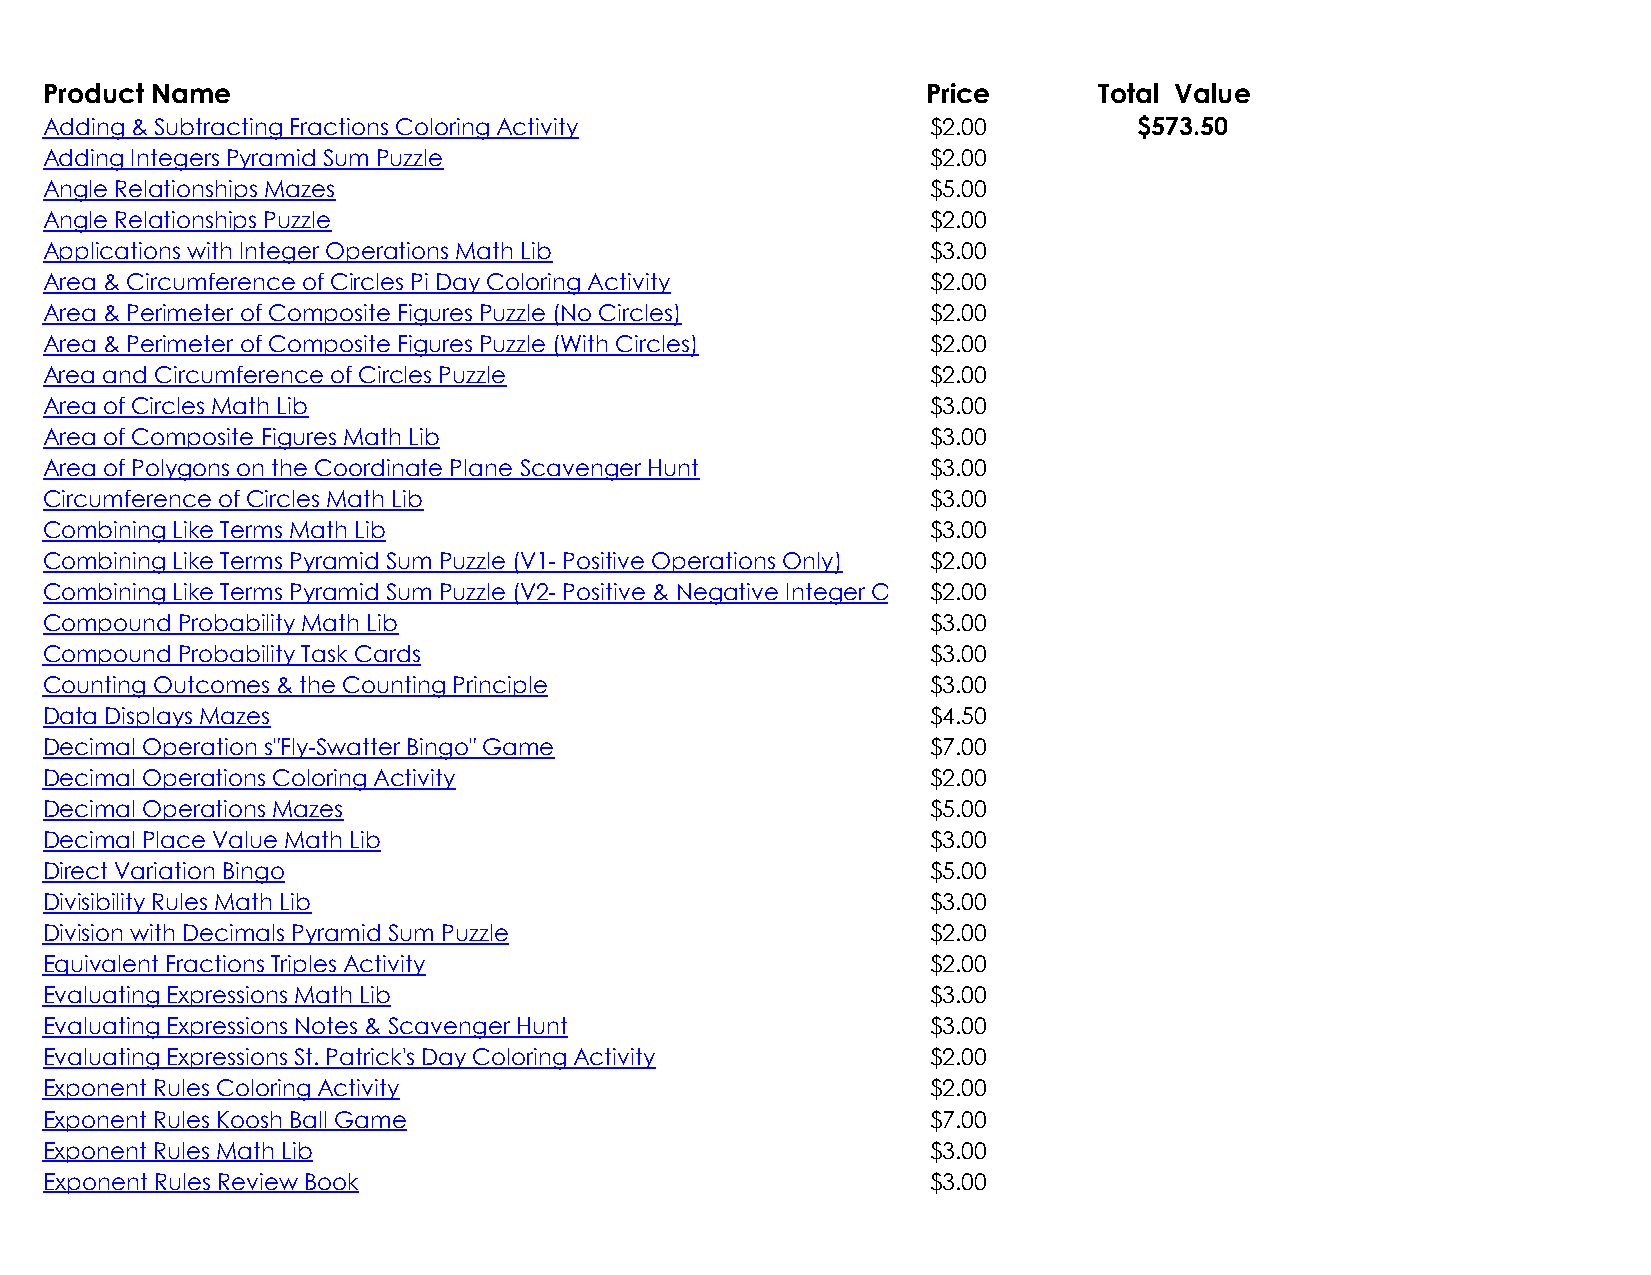
Product Name                                              Price       Total Value
 Adding & Subtracting Fractions Coloring Activity           $2.00        $573.50
 Adding Integers Pyramid Sum Puzzle                         $2.00
 Angle Relationships Mazes                                  $5.00
 Angle Relationships Puzzle                                 $2.00
 Applications with Integer Operations Math Lib              $3.00
 Area & Circumference of Circles Pi Day Coloring Activity   $2.00
 Area & Perimeter of Composite Figures Puzzle (No Circles)  $2.00
 Area & Perimeter of Composite Figures Puzzle (With Circles) $2.00
 Area and Circumference of Circles Puzzle                   $2.00
 Area of Circles Math Lib                                   $3.00
 Area of Composite Figures Math Lib                         $3.00
 Area of Polygons on the Coordinate Plane Scavenger Hunt    $3.00
 Circumference of Circles Math Lib                          $3.00
 Combining Like Terms Math Lib                              $3.00
 Combining Like Terms Pyramid Sum Puzzle (V1- Positive Operations Only) $2.00
 Combining Like Terms Pyramid Sum Puzzle (V2- Positive & Negative Integer Oper$a2ti.o0n0s)
 Compound Probability Math Lib                              $3.00
 Compound Probability Task Cards                            $3.00
 Counting Outcomes & the Counting Principle                 $3.00
 Data Displays Mazes                                        $4.50
 Decimal Operation s"Fly-Swatter Bingo" Game                $7.00
 Decimal Operations Coloring Activity                       $2.00
 Decimal Operations Mazes                                   $5.00
 Decimal Place Value Math Lib                               $3.00
 Direct Variation Bingo                                     $5.00
 Divisibility Rules Math Lib                                $3.00
 Division with Decimals Pyramid Sum Puzzle                  $2.00
 Equivalent Fractions Triples Activity                      $2.00
 Evaluating Expressions Math Lib                            $3.00
 Evaluating Expressions Notes & Scavenger Hunt              $3.00
 Evaluating Expressions St. Patrick's Day Coloring Activity $2.00
 Exponent Rules Coloring Activity                           $2.00
 Exponent Rules Koosh Ball Game                             $7.00
 Exponent Rules Math Lib                                    $3.00
 Exponent Rules Review Book                                 $3.00